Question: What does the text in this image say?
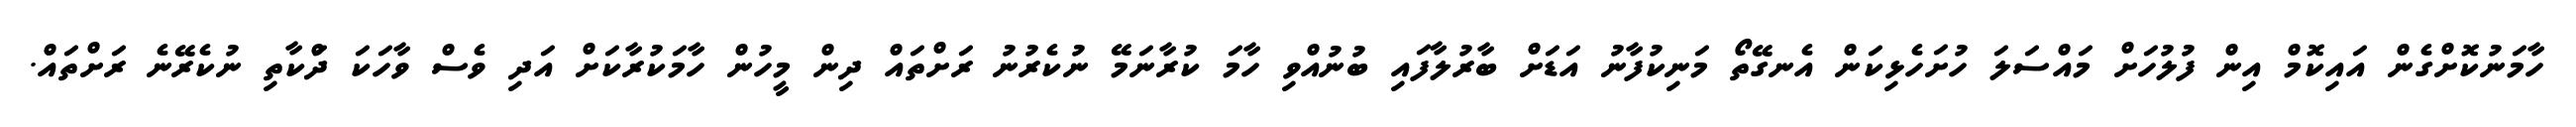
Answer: ހާމަނުކޮށްގެން އައިކޮމް އިން ފުލުހަށް މައްސަލަ ހުށަހެޅިކަން އެނގޭތޯ މަނިކުފާނު އަޑަށް ބާރުލާފައި ބުނުއްވި ހާމަ ކުރާނަމޭ ނުކެރުނު ރަށްތައް ދިން މީހުން ހާމަކުރާކަށް އަދި ވެސް ވާހަކަ ދަްކާތި ނުކެރޭނެ ރަށްތައް.